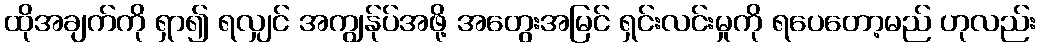
ထိုအချက်ကို ရှာ၍ ရလျှင် အကျွန်ုပ်အဖို့ အတွေးအမြင် ရှင်းလင်းမှုကို ရပေတော့မည် ဟုလည်း